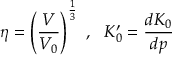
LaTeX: \eta = \left( { \frac { V } { V _ { 0 } } } \right) ^ { \frac { 1 } { 3 } } ~ , ~ ~ K _ { 0 } ^ { \prime } = { \frac { d K _ { 0 } } { d p } }